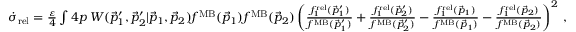
\begin{array} { r } { \dot { \sigma } _ { \mathrm { r e l } } = \frac { \varepsilon } { 4 } \int \d ^ { 4 } p \, W ( \vec { p } _ { 1 } ^ { \prime } , \vec { p } _ { 2 } ^ { \prime } | \vec { p } _ { 1 } , \vec { p } _ { 2 } ) f ^ { \mathrm { M B } } ( \vec { p } _ { 1 } ) f ^ { \mathrm { M B } } ( \vec { p } _ { 2 } ) \left( \frac { f _ { 1 } ^ { \mathrm { r e l } } ( \vec { p } _ { 1 } ^ { \prime } ) } { f ^ { \mathrm { M B } } ( \vec { p } _ { 1 } ^ { \prime } ) } + \frac { f _ { 1 } ^ { \mathrm { r e l } } ( \vec { p } _ { 2 } ^ { \prime } ) } { f ^ { \mathrm { M B } } ( \vec { p } _ { 2 } ^ { \prime } ) } - \frac { f _ { 1 } ^ { \mathrm { r e l } } ( \vec { p } _ { 1 } ) } { f ^ { \mathrm { M B } } ( \vec { p } _ { 1 } ) } - \frac { f _ { 1 } ^ { \mathrm { r e l } } ( \vec { p } _ { 2 } ) } { f ^ { \mathrm { M B } } ( \vec { p } _ { 2 } ) } \right) ^ { 2 } \, , } \end{array}